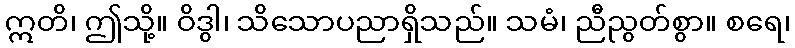
ဣတိ၊ ဤသို့။ ဝိဒွါ၊ သိသောပညာရှိသည်။ သမံ၊ ညီညွတ်စွာ။ စရေ၊